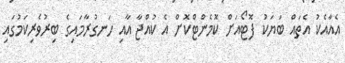
އެއާއެކު އެތައް ބަޔަކު ފޮޓޯއަށް ކޮމެންޓްކޮށް އެ ކުއްޖާ އާއި ހަނގުރާމައިގެ ބިރުވެރިކަމުގައި